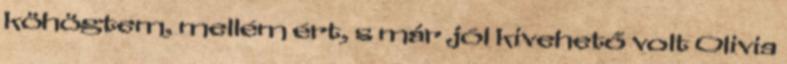
köhögtem, mellém ért, s már jól kivehető volt Olivia